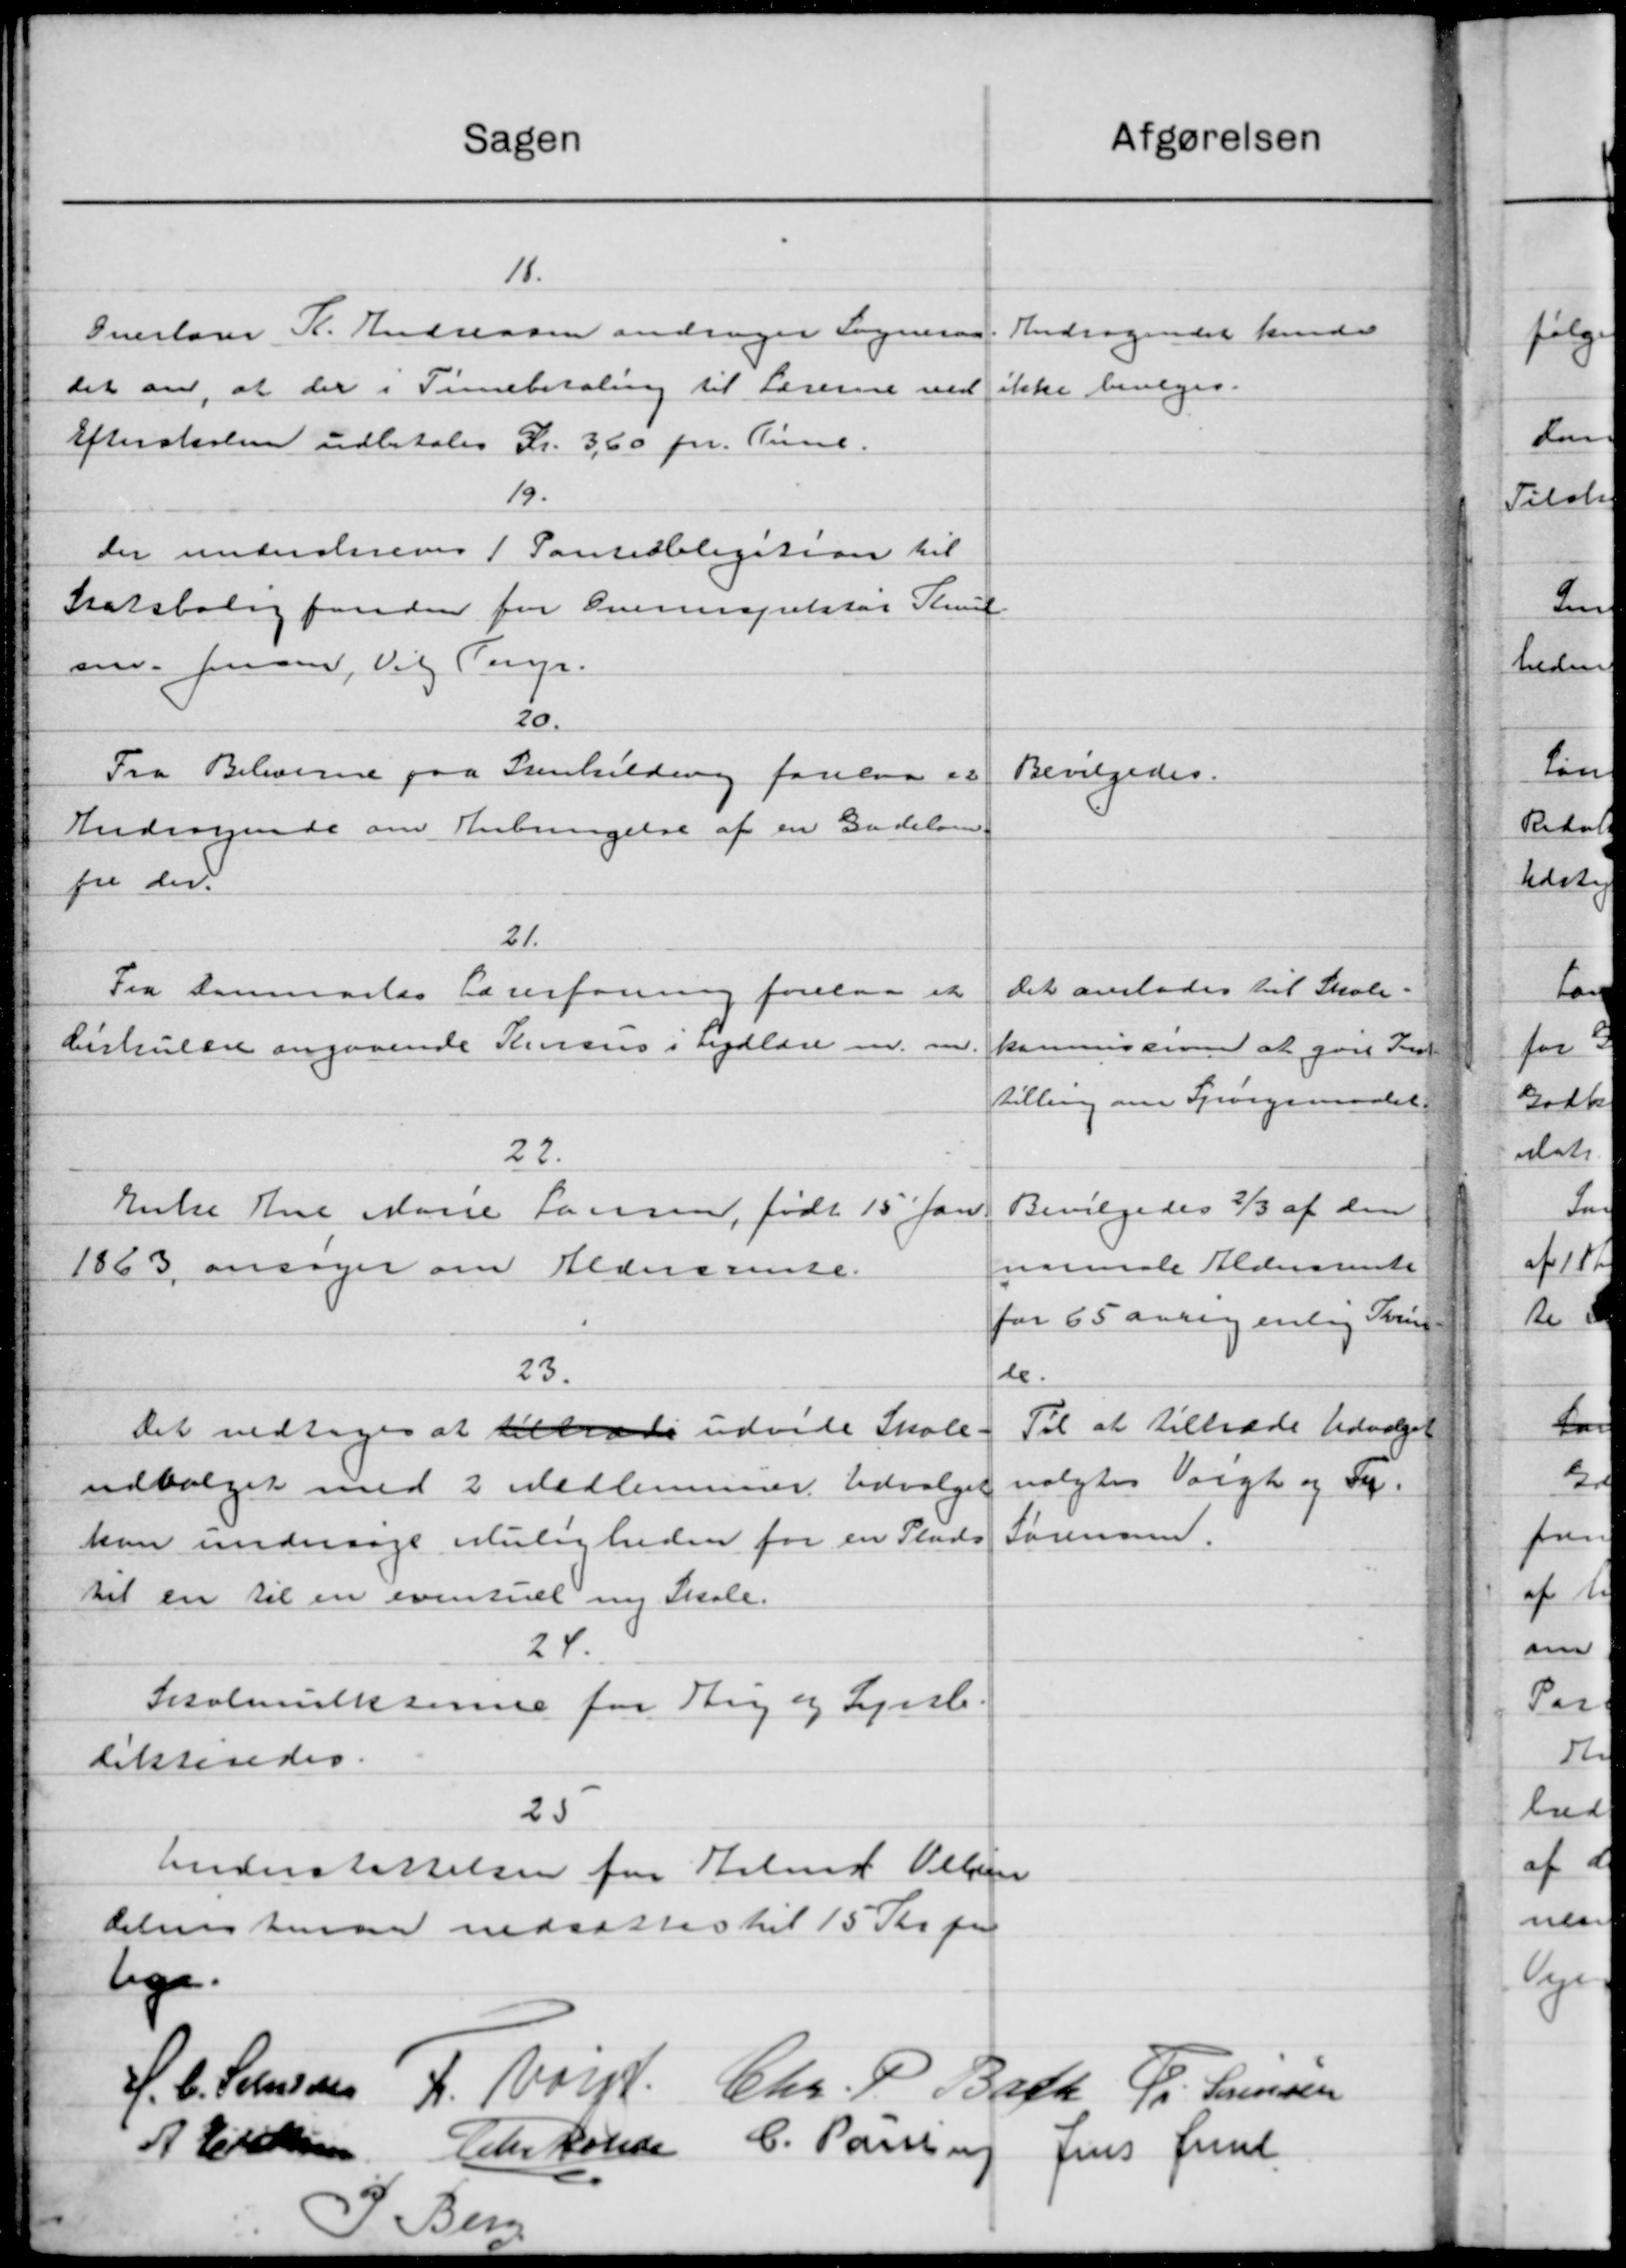
Transskription:
afgørelsen
Sagen
18.
Andragendet kunde
Overlærer K. Andreasen andrager Sogneraa
ikke bevilges.
det om, at der i Timebetaling til Lærerne ved
Efterskolen udbetales Kr. 3,60 pr. Time.
19.
der underskreves 1 Panteobligation til
Statsboligfonden for Overinspektør Knud
em. Jensen, Vil Perr.
20.
Fra Beboerne paa Stenholdning forelaa er
Bevilgedes.
Andragende om Anbringelse af en Gadelø
fra der
21.
Det overlades til Skole-
Fra Danmarks Lærerforening forelaa et
Cirkulære angaaende Resus i sydlære m. m.
kommissionen at gøre Ind
tilling om Spørgsmødet.
22.
Bevilgedes 2/3 af den
Enke Ane Marie Hansen, født 15 Jan.
næsmale Aldersrente
1863 ansøger om Aldersrente.
for 65 aarigenlig String
23.
le.
Til at tiltræde Udvalget
Det vedtoges at tiltræde udvide Skole-
valgtes Varigt og Sy
udvalget med 2 Medlemmer. Udvalget
Sørensen.
kan undersøge Muligheden for en Plads
til en til en eventuel nng Skole.
24.
Skolemulkterne for sig og Ljub.
dikteredes.
25
Understøttelsen for Arbmd Velsen
delenstemmer nedsattes til 15 Kr. pr
lige.
H. C. Sørensen R. Vorp. Chr. P. Bath Pr. Sørensen
A. Eriksen Chr Rosen C. Poulsen
Jens Juul
J. Ben